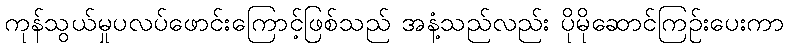
ကုန်သွယ်မှုပလပ်ဖောင်းကြောင့်ဖြစ်သည် အနံ့သည်လည်း ပိုမိုဆောင်ကြဉ်းပေးကာ